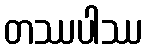
တဿပါဿ